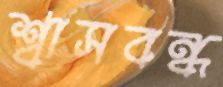
শ্বাসবন্ধ